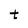
Character: t